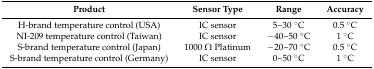
<table><thead><tr><td><b>Product</b></td><td><b>Sensor Type</b></td><td><b>Range</b></td><td><b>Accuracy</b></td></tr></thead><tbody><tr><td>H-brand temperature control (USA)</td><td>IC sensor</td><td>5~30 °C</td><td>0.5 °C </td></tr><tr><td>NI-209 temperature control (Taiwan)</td><td>IC sensor</td><td>−40~50 °C </td><td>1 °C </td></tr><tr><td>S-brand temperature control (Japan)</td><td>1000 Ω Platinum</td><td>−20~70 °C </td><td>0.5 °C </td></tr><tr><td>S-brand temperature control (Germany)</td><td>IC sensor</td><td>0~50 °C </td><td>1 °C </td></tr></tbody></table>